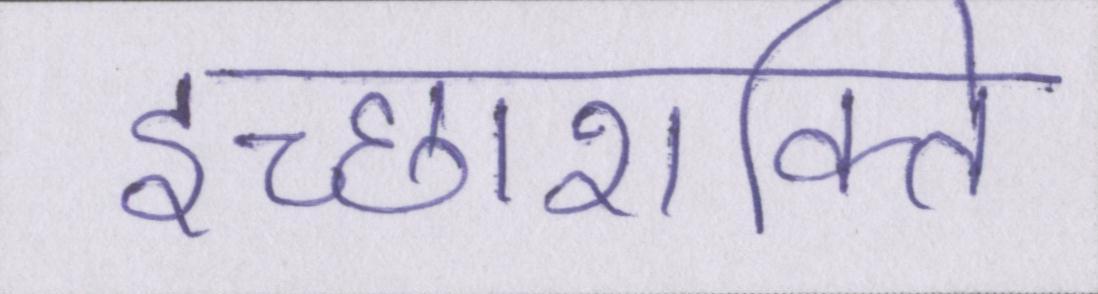
इच्छाशक्ति